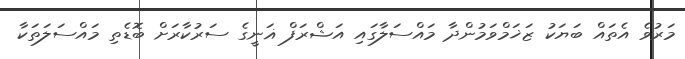
މަރުވެ އެތައް ބަޔަކު ޒަޚަމްވަމުންދާ މައްސަލާގައި އަޝްރަފް ޣަނީގެ ސަރުކާރަށް ބޮޑެތި މައްސަލަތަކާ